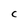
Character: C